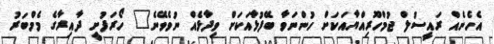
އެހެނެއް ރައީސުލް ޖުމްހޫރިއްޔާއަކަށް ހުންނަވާ ބޭފުޅާއަކަށް ވިދާޅެއް ނުވެވޭނެ" ހޯރަފުށީ ދާއިރާގެ މެމްބަރު